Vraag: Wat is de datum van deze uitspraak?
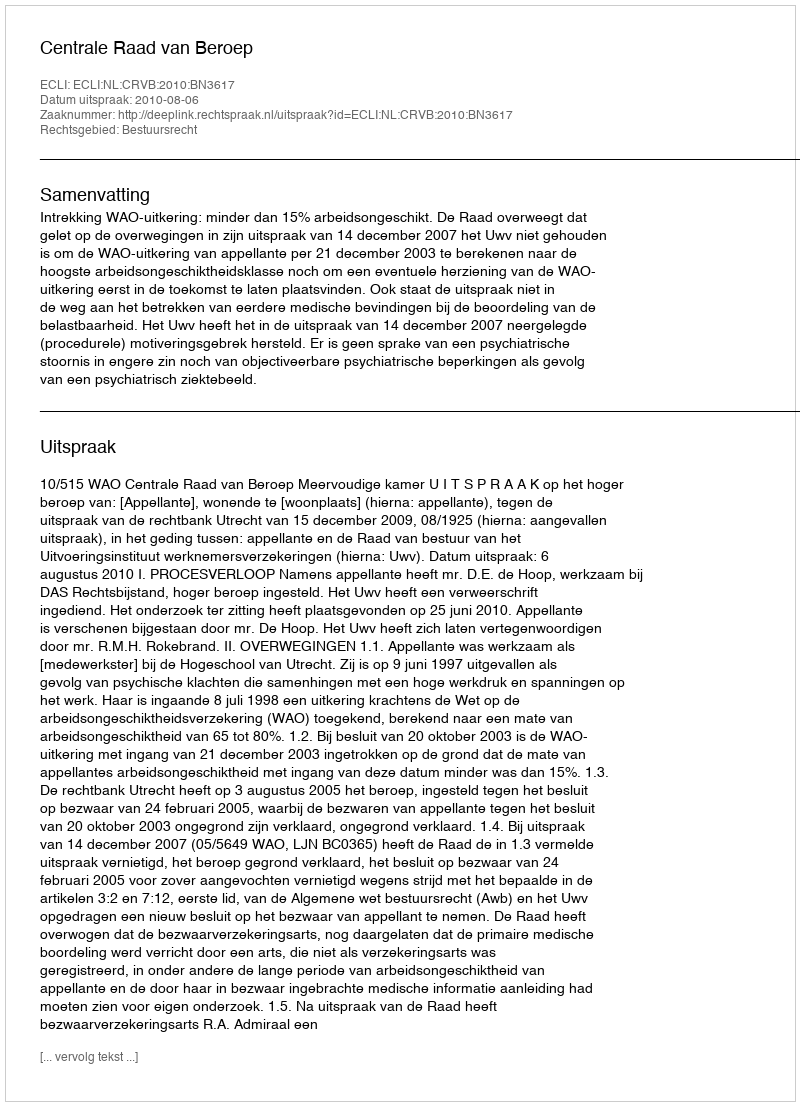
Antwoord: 2010-08-06